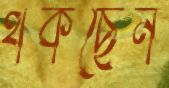
থকছেন